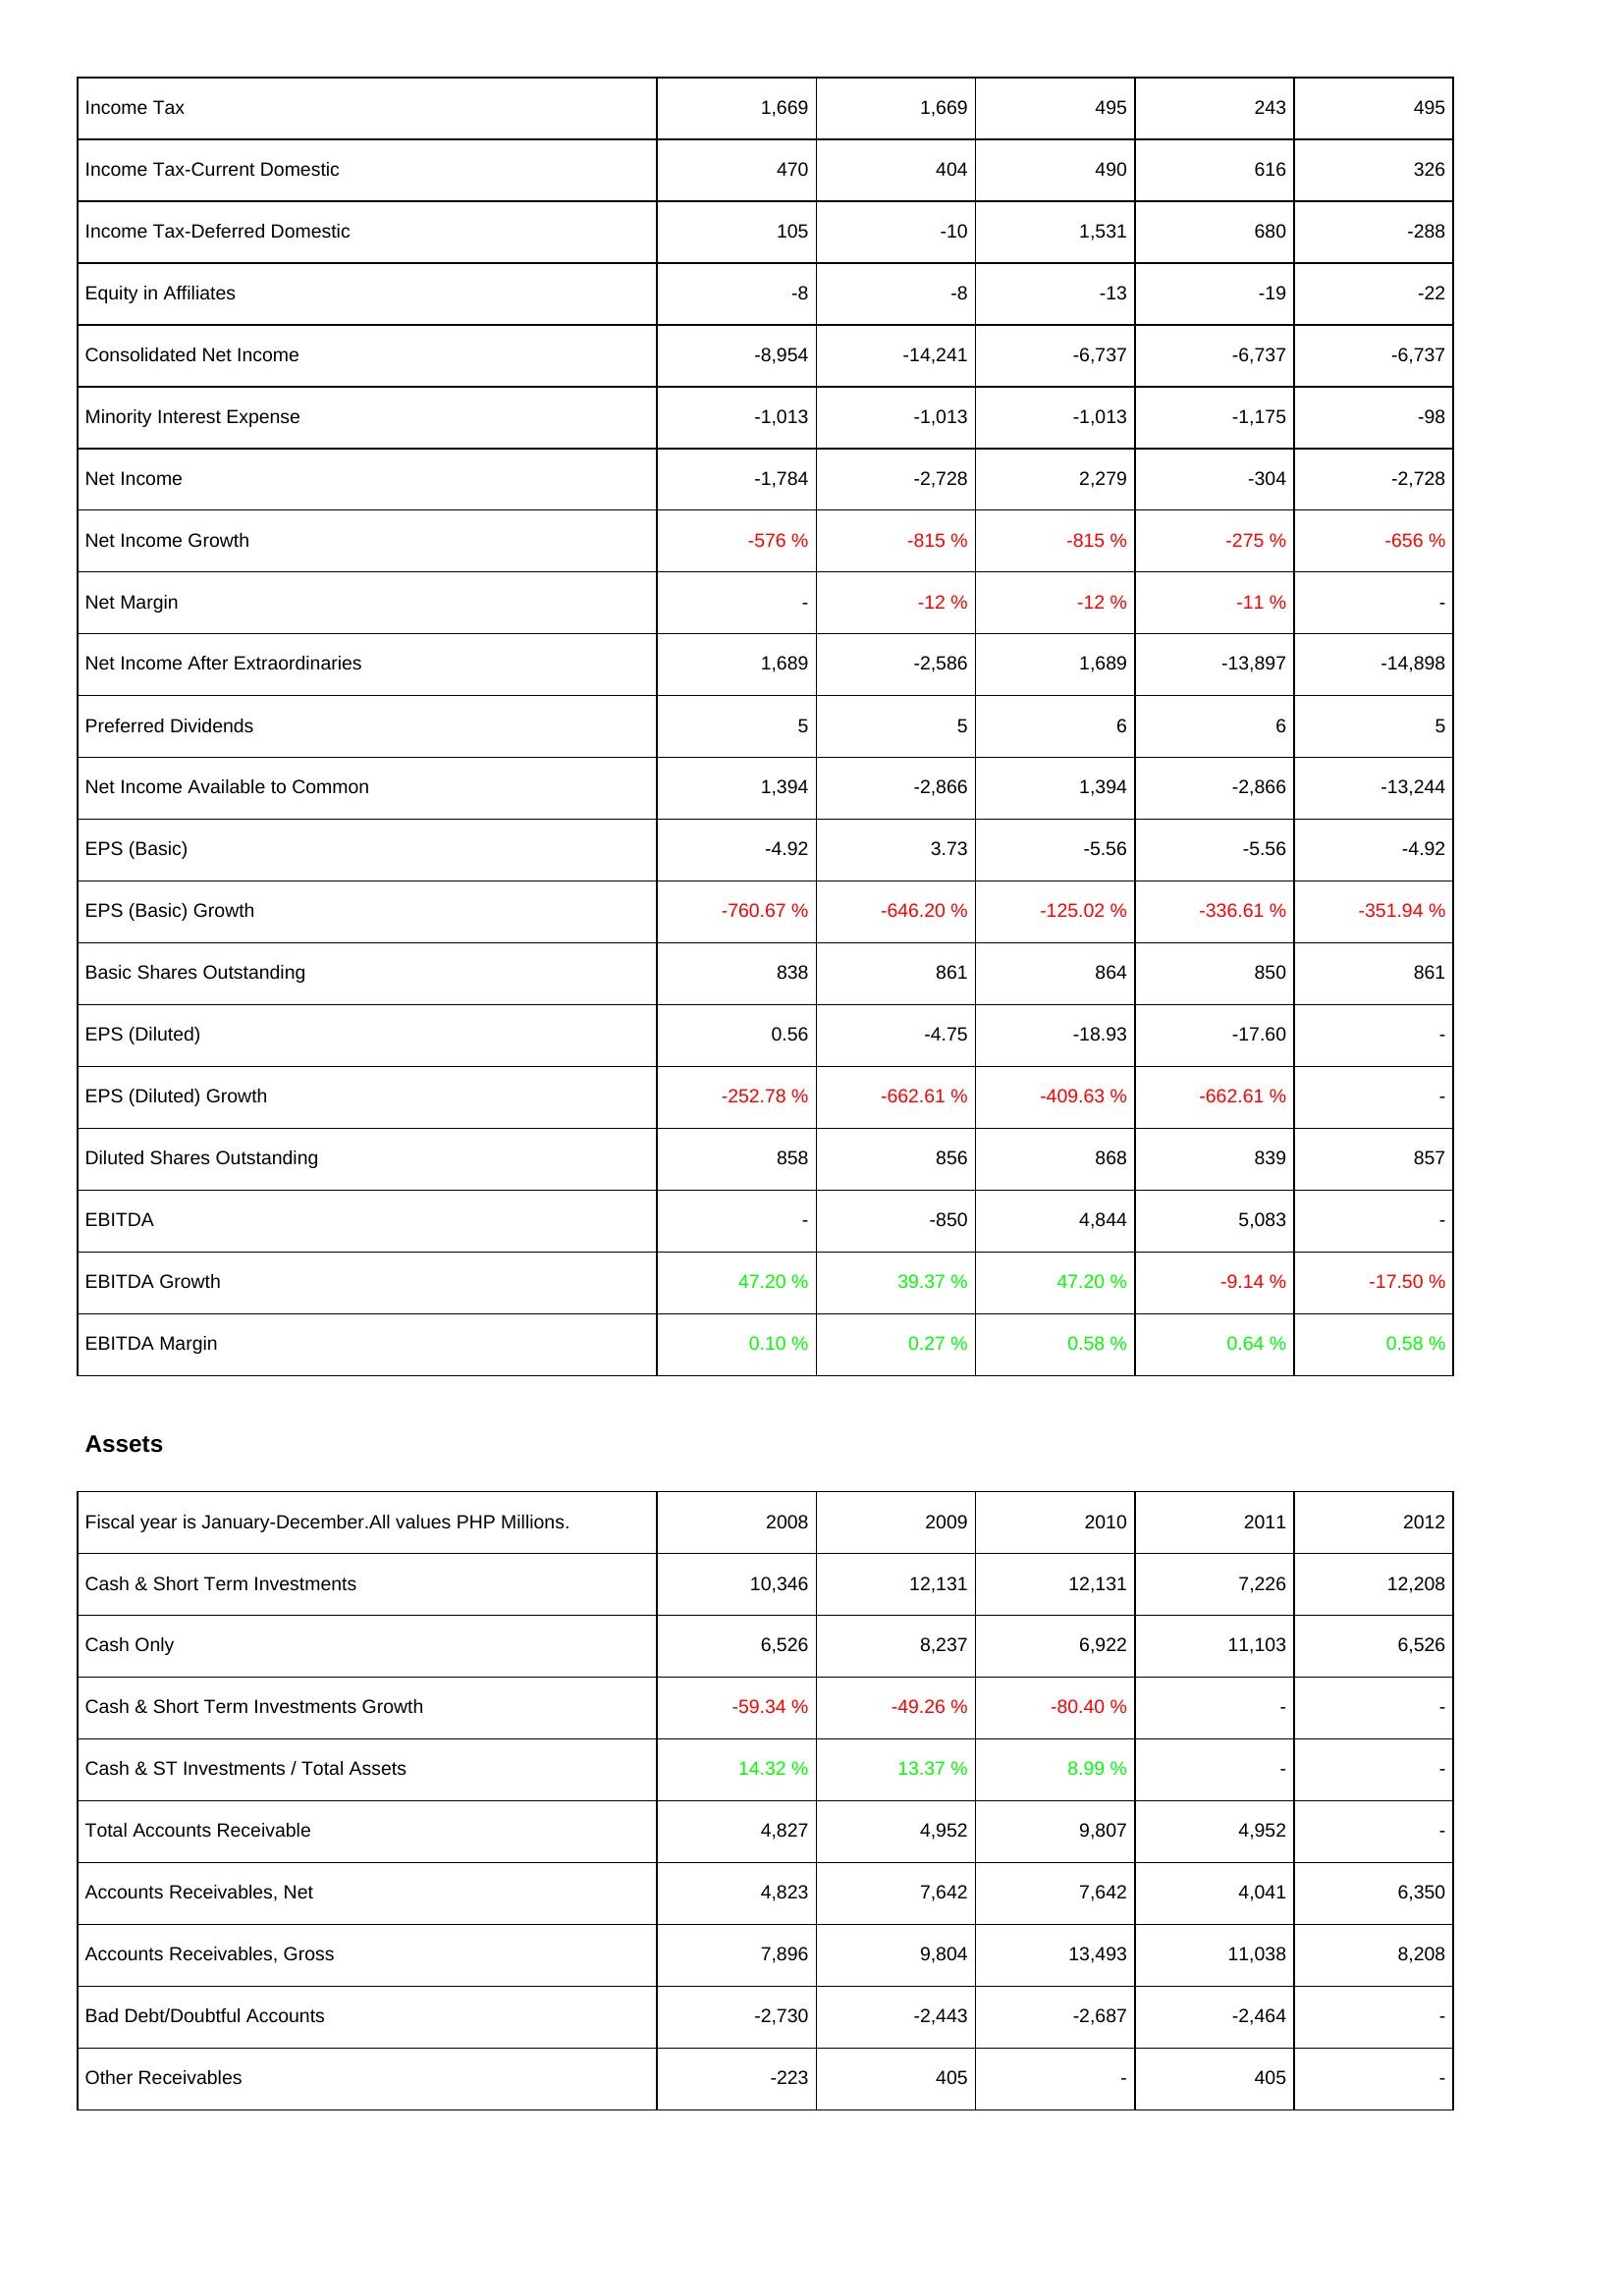
2008: Income Statement: Income Tax: 1,669
Income Tax-Current Domestic: 470
Income Tax-Deferred Domestic: 105
Equity in Affiliates: -8
Consolidated Net Income: -8,954
Minority Interest Expense: -1,013
Net Income: -1,784
Net Income Growth: -576 %
Net Margin: -
Net Income After Extraordinaries: 1,689
Preferred Dividends: 5
Net Income Available to Common: 1,394
EPS (Basic): -4.92
EPS (Basic) Growth: -760.67 %
Basic Shares Outstanding: 838
EPS (Diluted): 0.56
EPS (Diluted) Growth: -252.78 %
Diluted Shares Outstanding: 858
EBITDA: -
EBITDA Growth: 47.20 %
EBITDA Margin: 0.10 %
Assets: Cash & Short Term Investments: 10,346
Cash Only: 6,526
Cash & Short Term Investments Growth: -59.34 %
Cash & ST Investments / Total Assets: 14.32 %
Total Accounts Receivable: 4,827
Accounts Receivables, Net: 4,823
Accounts Receivables, Gross: 7,896
Bad Debt/Doubtful Accounts: -2,730
Other Receivables: -223
2009: Income Statement: Income Tax: 1,669
Income Tax-Current Domestic: 404
Income Tax-Deferred Domestic: -10
Equity in Affiliates: -8
Consolidated Net Income: -14,241
Minority Interest Expense: -1,013
Net Income: -2,728
Net Income Growth: -815 %
Net Margin: -12 %
Net Income After Extraordinaries: -2,586
Preferred Dividends: 5
Net Income Available to Common: -2,866
EPS (Basic): 3.73
EPS (Basic) Growth: -646.20 %
Basic Shares Outstanding: 861
EPS (Diluted): -4.75
EPS (Diluted) Growth: -662.61 %
Diluted Shares Outstanding: 856
EBITDA: -850
EBITDA Growth: 39.37 %
EBITDA Margin: 0.27 %
Assets: Cash & Short Term Investments: 12,131
Cash Only: 8,237
Cash & Short Term Investments Growth: -49.26 %
Cash & ST Investments / Total Assets: 13.37 %
Total Accounts Receivable: 4,952
Accounts Receivables, Net: 7,642
Accounts Receivables, Gross: 9,804
Bad Debt/Doubtful Accounts: -2,443
Other Receivables: 405
2010: Income Statement: Income Tax: 495
Income Tax-Current Domestic: 490
Income Tax-Deferred Domestic: 1,531
Equity in Affiliates: -13
Consolidated Net Income: -6,737
Minority Interest Expense: -1,013
Net Income: 2,279
Net Income Growth: -815 %
Net Margin: -12 %
Net Income After Extraordinaries: 1,689
Preferred Dividends: 6
Net Income Available to Common: 1,394
EPS (Basic): -5.56
EPS (Basic) Growth: -125.02 %
Basic Shares Outstanding: 864
EPS (Diluted): -18.93
EPS (Diluted) Growth: -409.63 %
Diluted Shares Outstanding: 868
EBITDA: 4,844
EBITDA Growth: 47.20 %
EBITDA Margin: 0.58 %
Assets: Cash & Short Term Investments: 12,131
Cash Only: 6,922
Cash & Short Term Investments Growth: -80.40 %
Cash & ST Investments / Total Assets: 8.99 %
Total Accounts Receivable: 9,807
Accounts Receivables, Net: 7,642
Accounts Receivables, Gross: 13,493
Bad Debt/Doubtful Accounts: -2,687
Other Receivables: -
2011: Income Statement: Income Tax: 243
Income Tax-Current Domestic: 616
Income Tax-Deferred Domestic: 680
Equity in Affiliates: -19
Consolidated Net Income: -6,737
Minority Interest Expense: -1,175
Net Income: -304
Net Income Growth: -275 %
Net Margin: -11 %
Net Income After Extraordinaries: -13,897
Preferred Dividends: 6
Net Income Available to Common: -2,866
EPS (Basic): -5.56
EPS (Basic) Growth: -336.61 %
Basic Shares Outstanding: 850
EPS (Diluted): -17.60
EPS (Diluted) Growth: -662.61 %
Diluted Shares Outstanding: 839
EBITDA: 5,083
EBITDA Growth: -9.14 %
EBITDA Margin: 0.64 %
Assets: Cash & Short Term Investments: 7,226
Cash Only: 11,103
Cash & Short Term Investments Growth: -
Cash & ST Investments / Total Assets: -
Total Accounts Receivable: 4,952
Accounts Receivables, Net: 4,041
Accounts Receivables, Gross: 11,038
Bad Debt/Doubtful Accounts: -2,464
Other Receivables: 405
2012: Income Statement: Income Tax: 495
Income Tax-Current Domestic: 326
Income Tax-Deferred Domestic: -288
Equity in Affiliates: -22
Consolidated Net Income: -6,737
Minority Interest Expense: -98
Net Income: -2,728
Net Income Growth: -656 %
Net Margin: -
Net Income After Extraordinaries: -14,898
Preferred Dividends: 5
Net Income Available to Common: -13,244
EPS (Basic): -4.92
EPS (Basic) Growth: -351.94 %
Basic Shares Outstanding: 861
EPS (Diluted): -
EPS (Diluted) Growth: -
Diluted Shares Outstanding: 857
EBITDA: -
EBITDA Growth: -17.50 %
EBITDA Margin: 0.58 %
Assets: Cash & Short Term Investments: 12,208
Cash Only: 6,526
Cash & Short Term Investments Growth: -
Cash & ST Investments / Total Assets: -
Total Accounts Receivable: -
Accounts Receivables, Net: 6,350
Accounts Receivables, Gross: 8,208
Bad Debt/Doubtful Accounts: -
Other Receivables: -